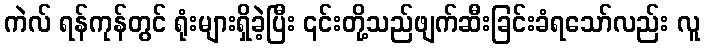
ကဲလ် ရန်ကုန်တွင် ရုံးများရှိခဲ့ပြီး ၎င်းတို့သည်ဖျက်ဆီးခြင်းခံရသော်လည်း လူ